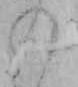
の